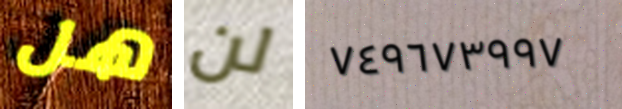
هل لن ٧٤٩٦٧٣٩٩٧